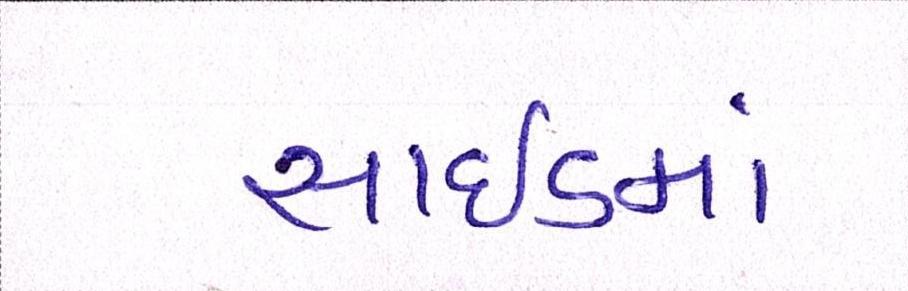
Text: સાઇડમાં